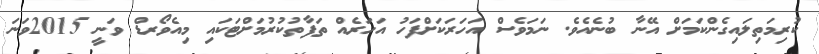
ކުރިމަތިލައިގެންކަމަށް އޭނާ ބުނެއެވެ. ނަމަވެސް އަހަރަކަށްފަހު އަހަރެއް ތަފާތުކުރުމަށްޓަކައި މިއެވޯރޑް ވަނީ 2015ވަނަ